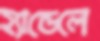
হ্যান্ডেলে